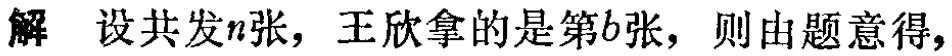
解 设共发\(n\)张，王欣拿的是第\(b\)张，则由题意得，